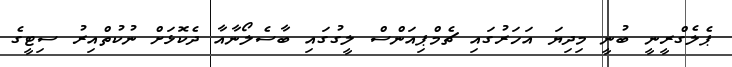
ޕެލެގްރީނީ ބުނީ މިދިޔަ އަހަރުގައި ޗެމްޕިއަންސް ލީގުގައި ބާސެލޯނާއާ ދެކޮޅަށް ނުކުތްއިރު ސިޓީގެ